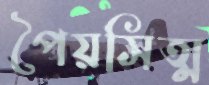
পৈয়সিত্ম